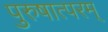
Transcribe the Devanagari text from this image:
पुरुषात्परम्